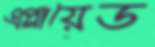
এপ্লায়েড